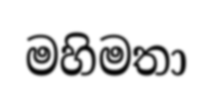
මහිමතා